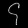
Digit: ၄